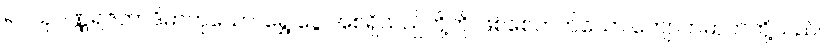
၍။ သုဝဏ္ဏရဇတာဒိဓာတုယော၊ ရွှေ ငွေ အစရှိသည်တို့ကို ဖြစ်စေတတ်သော ကျောက်ဓာတ်တို့သည်။